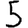
Digit: 5